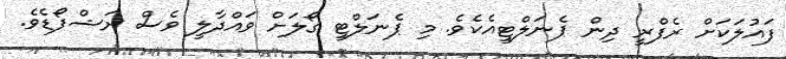
ފައުލަކަށް ރެފްރީ ދިން ޕެނަލްޓީއެކެވެ. މި ޕެނަލްޓީ ގޯލަށް ވައްދާލީ ވެސް ރަޝްފޯޑެވެ.